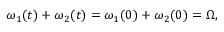
\omega _ { 1 } ( t ) + \omega _ { 2 } ( t ) = \omega _ { 1 } ( 0 ) + \omega _ { 2 } ( 0 ) = \Omega ,